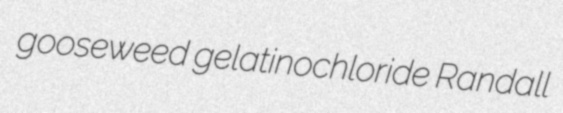
gooseweed gelatinochloride Randall